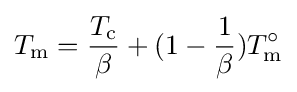
T_{\text{m}}={T_{\text{c}} \over \beta }+(1-{1 \over \beta })T_{\text{m}}^{\circ }